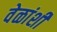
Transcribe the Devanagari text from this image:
वेळांशी